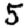
Digit: 5